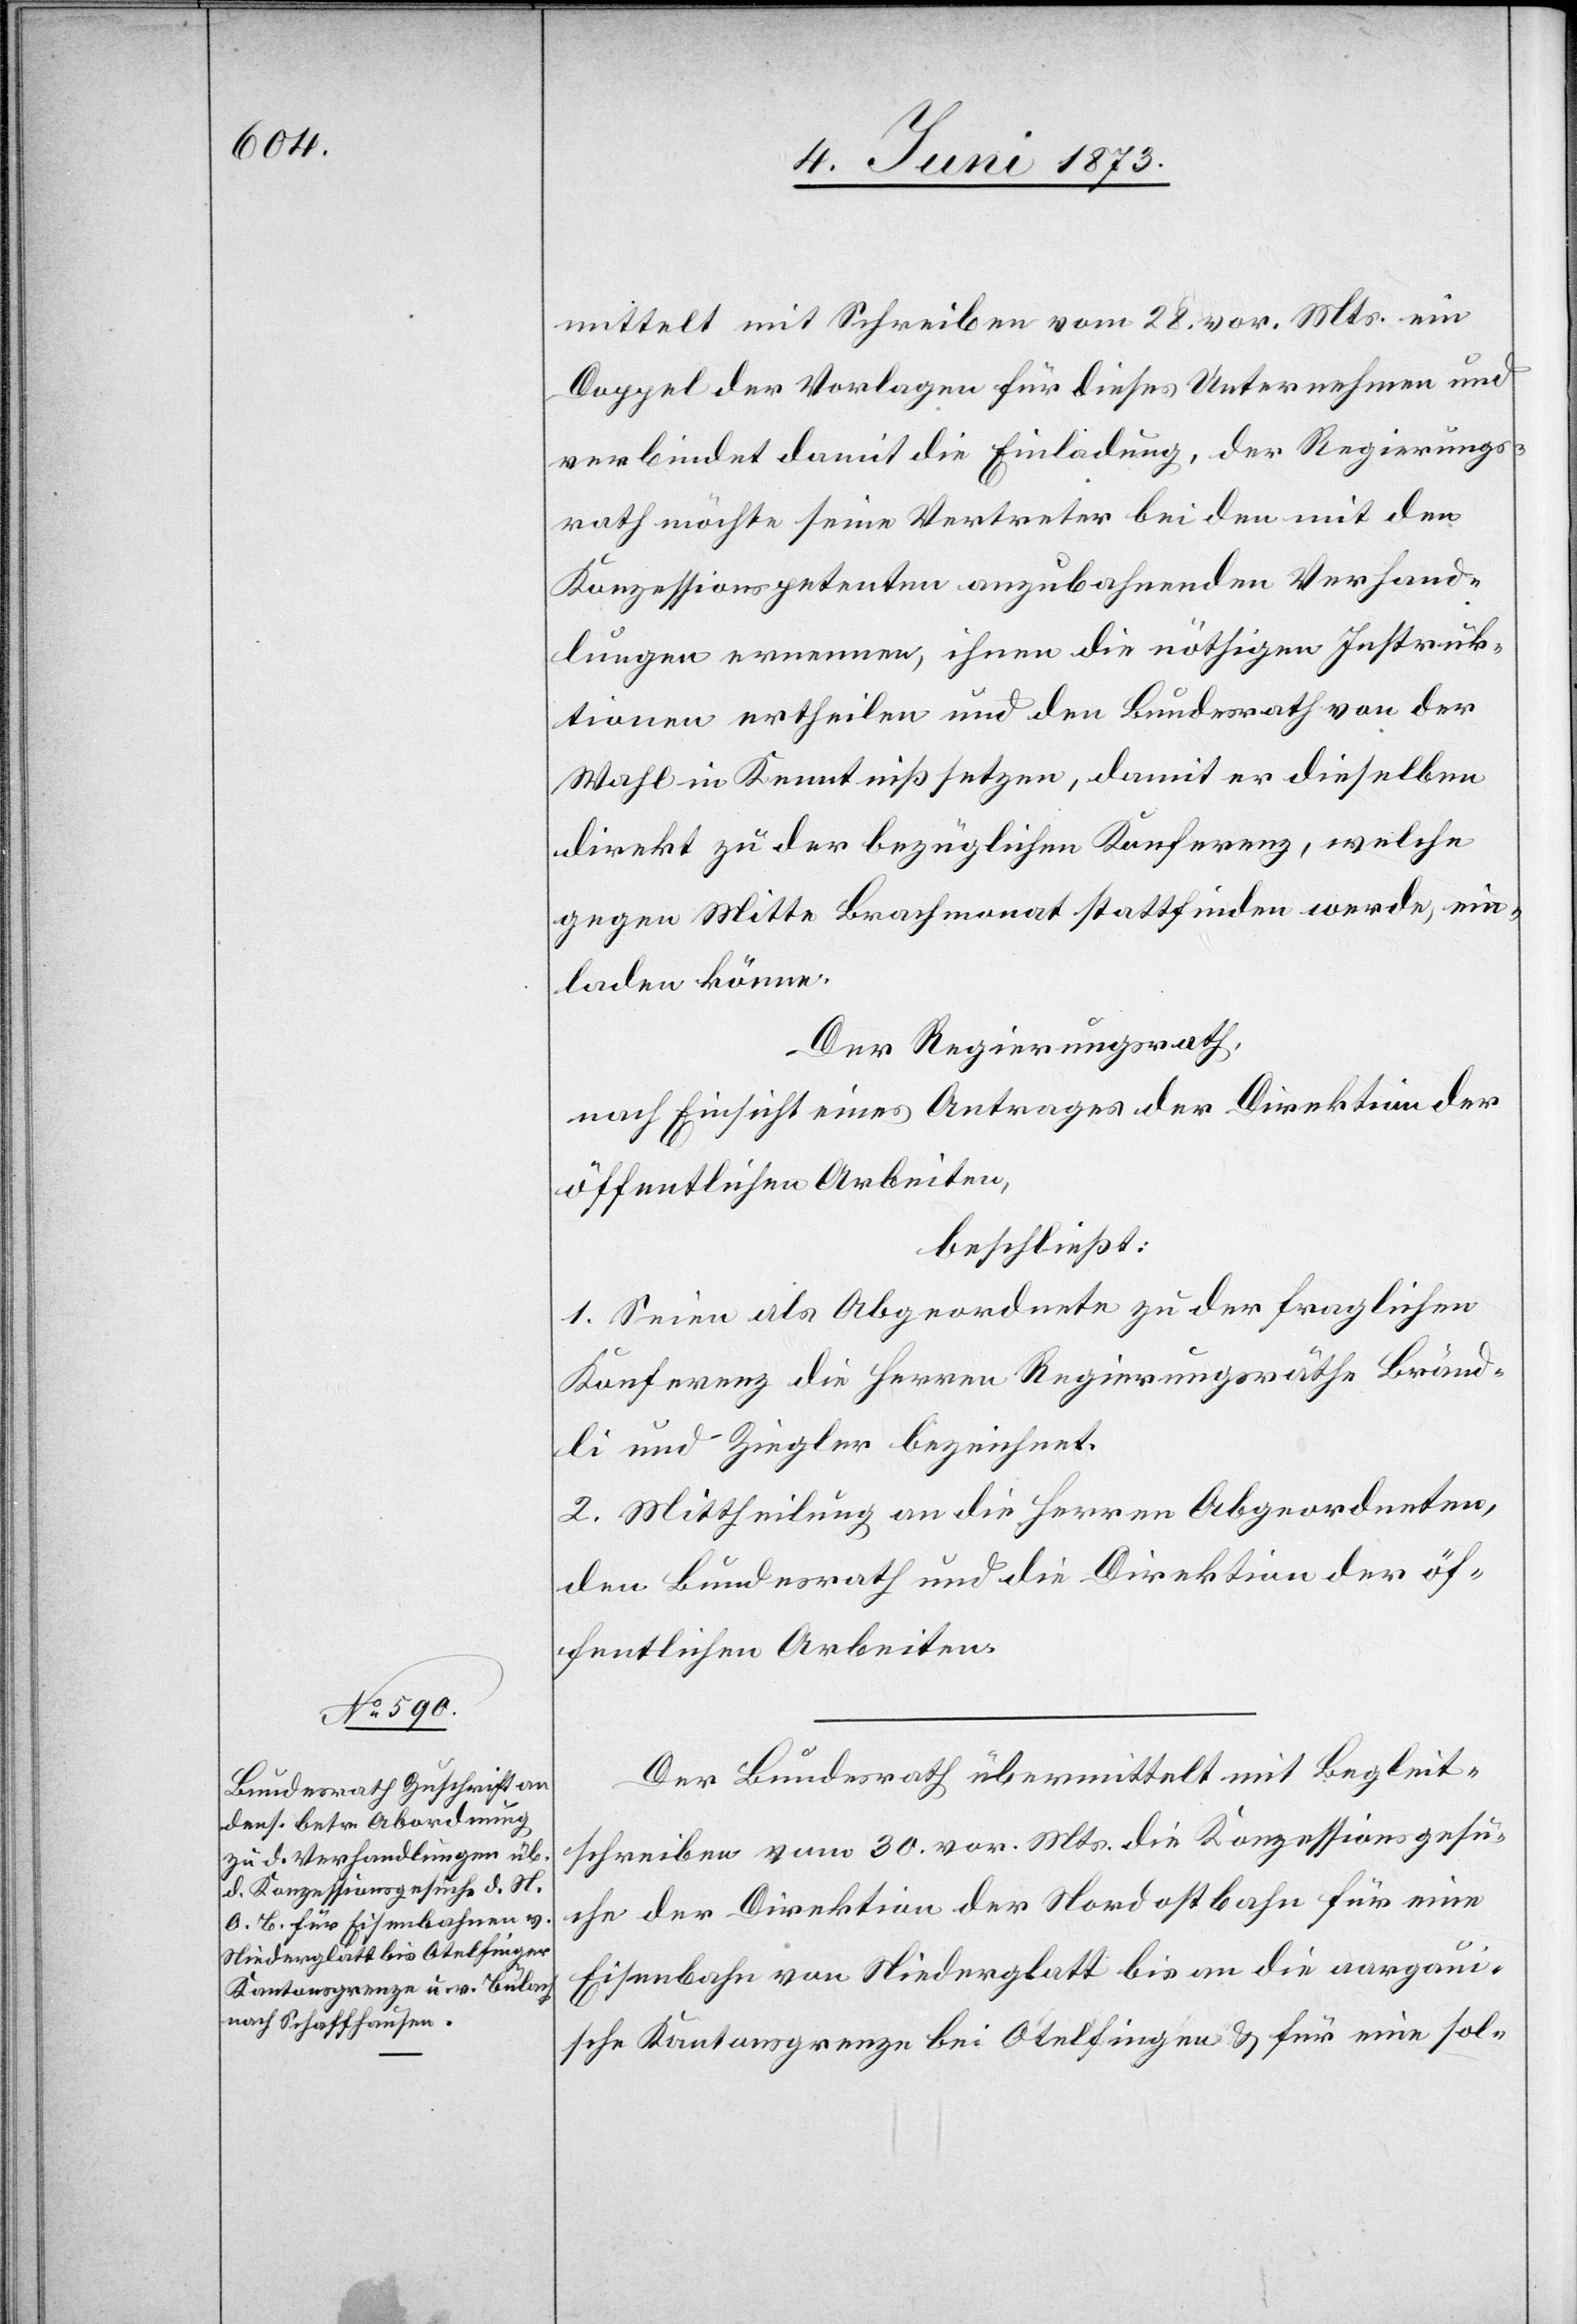
mittelt mit Schreiben vom 28. vor. Mts. ein
Doppel der Vorlagen für dieses Unternehmen und
verbindet damit die Einladung, der Regierungs¬
rath möchte seine Vertreter bei den mit den
Konzessionspetenten anzubahnenden Verhand¬
lungen ernennen, ihnen die nöthigen Instruk¬
tionen ertheilen und den Bundesrath von der
Wahl in Kenntniß setzen, damit er dieselben
direkt zu der bezüglichen Konferenz, welche
gegen Mitte Brachmonat stattfinden werde, ein¬
laden könne.
Der Regierungsrath,
nach Einsicht eines Antrages der Direktion der
öffentlichen Arbeiten,
beschließt:
1. Seien als Abgeordnete zu der fraglichen
Konferenz die Herren Regierungsräthe Bränd¬
li und Ziegler bezeichnet.
2. Mittheilung an die Herren Abgeordneten,
den Bundesrath und die Direktion der öf¬
fentlichen Arbeiten.
Der Bundesrath übermittelt mit Begleit¬
schreiben vom 30. vor. Mts. die Konzessionsgesu¬
che der Direktion der Nordostbahn für eine
Eisenbahn von Niederglatt bis an die aargaui¬
sche Kantonsgrenze bei Otelfingen & für eine sol-